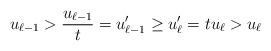
LaTeX: \begin{align*} u_{\ell-1} > \frac{u_{\ell-1}}{t} = u'_{\ell-1} \geq u'_{\ell} = tu_{\ell} > u_{\ell} \end{align*}